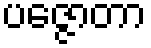
ပဇ္ဇောတာ